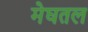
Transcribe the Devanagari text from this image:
मेघतल